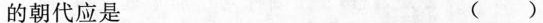
的朝代应是 ( )